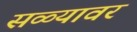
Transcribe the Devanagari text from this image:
सळ्यावर